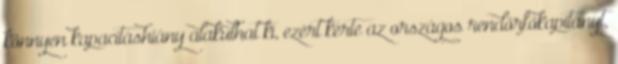
könnyen kapacitáshiány alakulhat ki, ezért kérte az országos rendőrfőkapitányt,